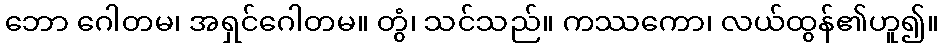
ဘော ဂေါတမ၊ အရှင်ဂေါတမ။ တွံ၊ သင်သည်။ ကဿကော၊ လယ်ထွန်၏ဟူ၍။